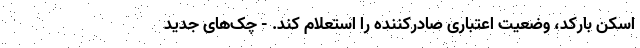
اسکن بارکد، وضعیت اعتباری صادرکننده را استعلام کند. - چک‌های جدید